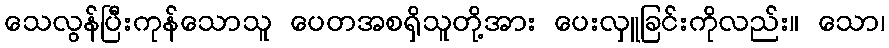
သေလွန်ပြီးကုန်သောသူ ပေတအစရှိသူတို့အား ပေးလှူခြင်းကိုလည်း။ သော၊